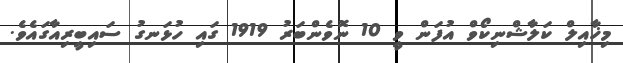
މިޚާއިލް ކަލާޝްނިކޯވް އުފަން ވީ 10 ނޮވެންބަރު 1919 ގައި ހުޅަނގު ސައިބީރިއާގައެވެ.